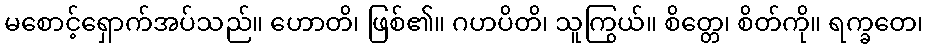
မစောင့်ရှောက်အပ်သည်။ ဟောတိ၊ ဖြစ်၏။ ဂဟပိတိ၊ သူကြွယ်။ စိတ္တေ၊ စိတ်ကို။ ရက္ခတေ၊